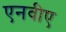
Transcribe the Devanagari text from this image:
एनवीए